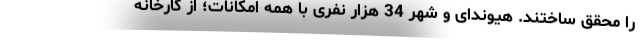
را محقق ساختند. هیوندای و شهر 34 هزار نفری با همه امکانات؛ از کارخانه